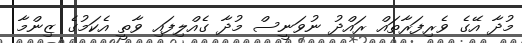
މުދާ އޭގެ ވެރިފަރާތައް ރައްދު ނުވަނީސް މުދާ ގެއްލިފައި ވާތީ އެކަމުގެ ޒިންމާ